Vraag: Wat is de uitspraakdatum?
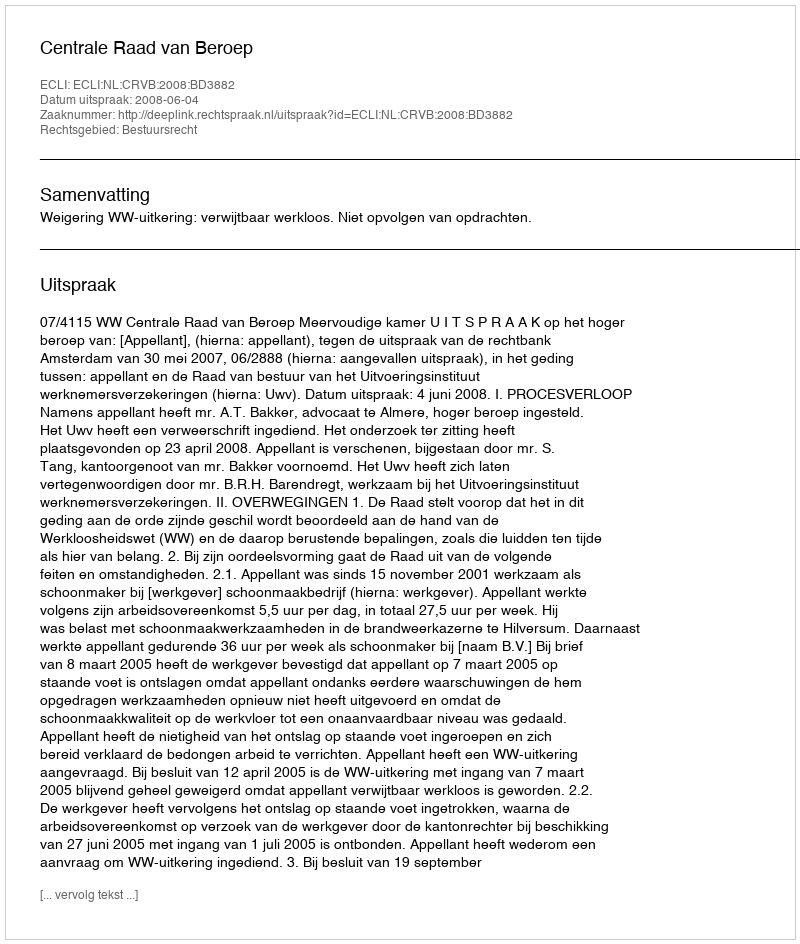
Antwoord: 2008-06-04